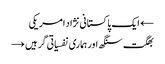
← ایک پاکستانی نژاد امریکی
بھگت سنگھ اور ہماری نفسیاتی گرہیں →